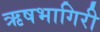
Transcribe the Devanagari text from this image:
ऋषभागिरी